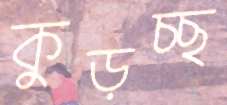
কুড়চ্ছ